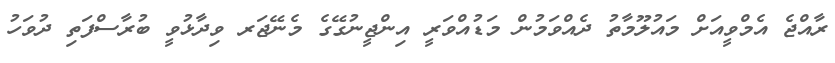
ރާއްޖެ އެމްވީއަށް މައުލޫމާތު ދެއްވަމުން މަޑުއްވަރީ އިންޖީނުގޭގެ މެނޭޖަރ ވިދާޅުވީ ބުރާސްފަތި ދުވަހު